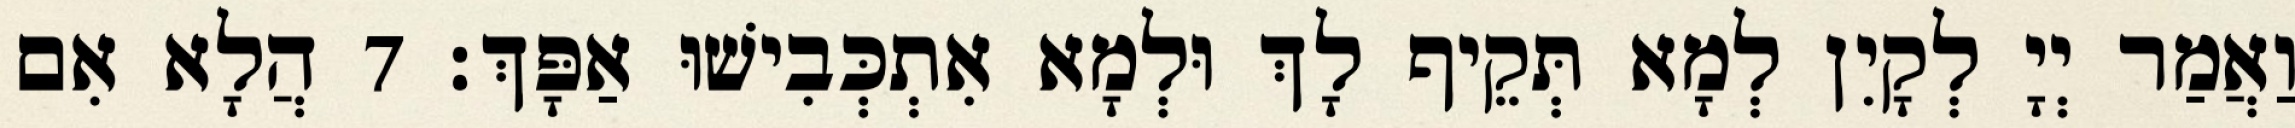
וַאֲמַר יְיָ לְקָיִן לְמָא תְּקֵיף לָךְ וּלְמָא אִתְכְּבִישׁוּ אַפָּךְ׃ 7 הֲלָא אִם